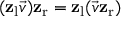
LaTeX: ( \mathbf { z } _ { \mathrm { { l } } } { \vec { v } } ) \mathbf { z } _ { \mathrm { { r } } } = \mathbf { z } _ { \mathrm { { l } } } ( { \vec { v } } \mathbf { z } _ { \mathrm { { r } } } )